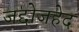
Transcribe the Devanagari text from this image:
जद्दोजहेद